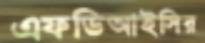
এফডিআইসির